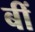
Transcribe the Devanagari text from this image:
बीं